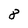
Character: 8